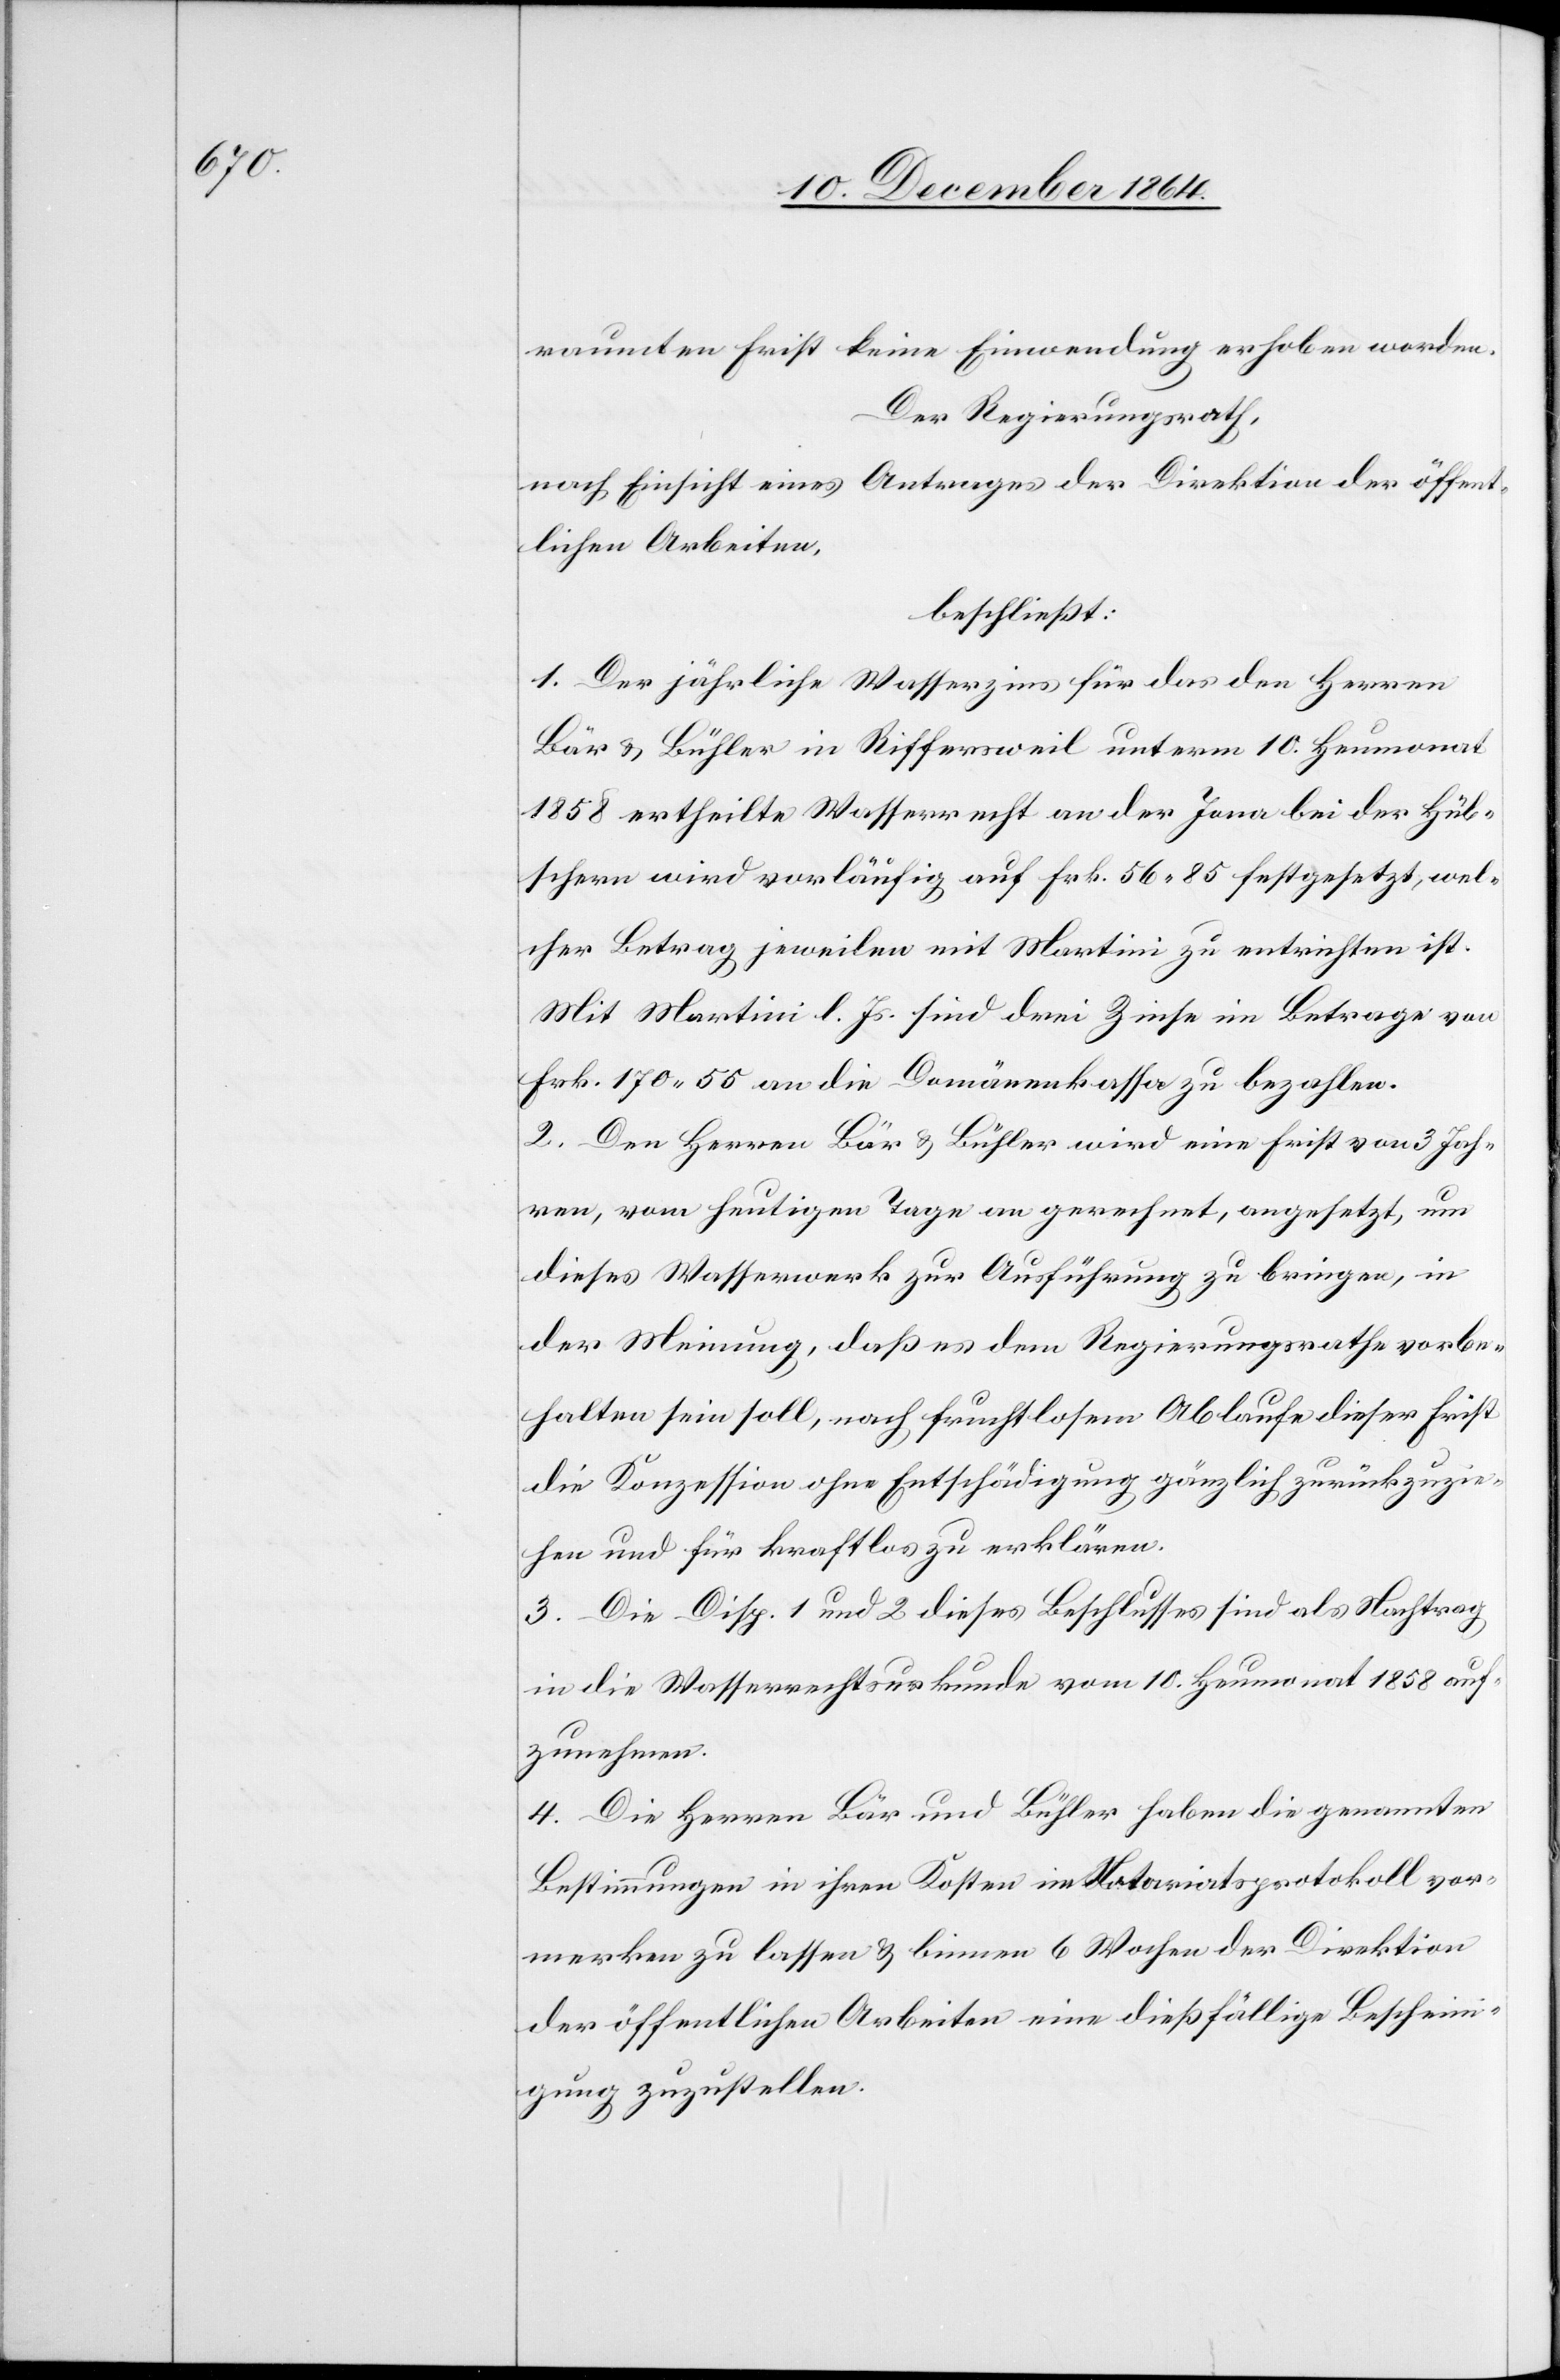
raumten Frist keine Einwendung erhoben worden.
Der Regierungsrath,
nach Einsicht eines Antrages der Direktion der öffent¬
lichen Arbeiten,
beschließt:
1. Der jährliche Wasserzins für das den Herren
Bär & Bühler in Riffersweil unterm 10. Heumonat
1858 ertheilte Wasserrecht an der Jona bei der Hüb¬
schern wird vorläufig auf Frk. 56.85 festgesetzt, wel¬
cher Betrag jeweilen mit Martini zu entrichten ist.
Mit Martini l. Js. sind drei Zinse im Betrage von
Frk. 170.55 an die Domänenkassa zu bezahlen.
2. Den Herren Bär & Bühler wird eine Frist von 3 Jah¬
ren, vom heutigen Tage an gerechnet, angesetzt, um
dieses Wasserwerk zur Ausführung zu bringen, in
der Meinung, daß es dem Regierungsrathe vorbe¬
halten sein soll, nach fruchtlosem Ablaufe dieser Frist
die Konzession ohne Entschädigung gänzlich zurückzuzie¬
hen und für kraftlos zu erklären.
3. Die Disp. 1 und 2 dieses Beschlusses sind als Nachtrag
in die Wasserrechtsurkunde vom 10. Heumonat 1858 auf¬
zunehmen.
4. Die Herren Bär und Bühler haben die genannten
Bestimmungen in ihren Kosten im Notariatsprotokoll vor¬
merken zu lassen & binnen 6 Wochen der Direktion
der öffentlichen Arbeiten eine dießfällige Beschein¬
igung zuzustellen.